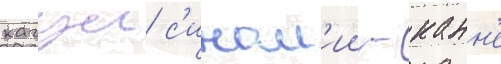
кагуи с'ином'ии - канн'е